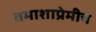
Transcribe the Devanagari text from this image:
तमाशाप्रेमीच